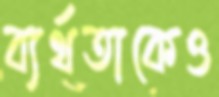
ব্যর্থতাকেও